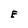
Character: E